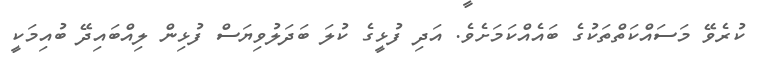
ކުރެވޭ މަސައްކަތްތަކުގެ ބައެއްކަމަށެވެ. އަދި ފުޅީގެ ކުލަ ބަދަލުވިޔަސް ފުޅިން ލިއްބައިދޭ ބުއިމަކީ